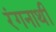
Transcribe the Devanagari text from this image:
रंगनाथी